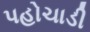
પહોચાડી